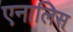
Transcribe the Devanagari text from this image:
एनालिस